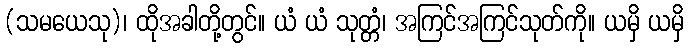
(သမယေသု)၊ ထိုအခါတို့တွင်။ ယံ ယံ သုတ္တံ၊ အကြင်အကြင်သုတ်ကို။ ယမှိ ယမှိ